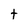
Character: t